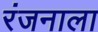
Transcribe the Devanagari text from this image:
रंजनाला